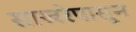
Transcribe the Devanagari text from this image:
साखरेपासून